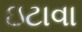
ઇટાવા